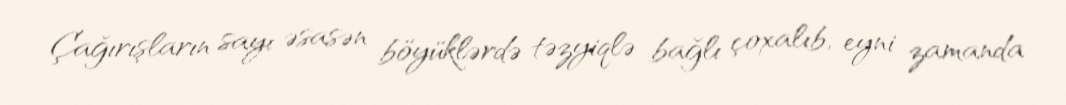
Çağırışların sayı əsasən böyüklərdə təzyiqlə bağlı çoxalıb, eyni zamanda